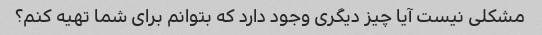
مشکلی نیست آیا چیز دیگری وجود دارد که بتوانم برای شما تهیه کنم؟